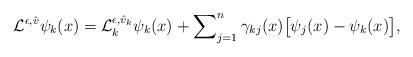
LaTeX: \begin{align*} \mathcal{L}^{\epsilon,\hat{v}}\psi_k(x)= \mathcal{L}_k^{\epsilon,\hat{v}_k}\psi_k(x) + \sum\nolimits_{j=1}^n \gamma_{kj}(x) \bigl[\psi_j(x) - \psi_k(x)\bigr], \end{align*}